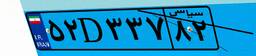
۰۵D۷۰۵۷۲